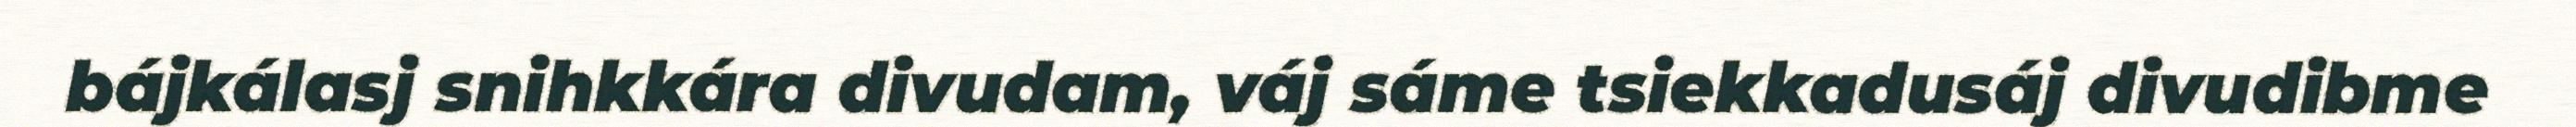
bájkálasj snihkkára divudam, váj sáme tsiekkadusáj divudibme